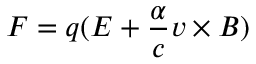
\boldsymbol { F } = q ( \boldsymbol { E } + \frac { \alpha } { c } \boldsymbol { v } \times \boldsymbol { B } )